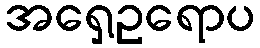
အရှေ့ဥရောပ